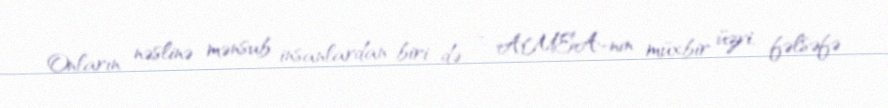
Onların nəslinə mənsub insanlardan biri də – AMEA-nın müxbir üzvi, fəlsəfə